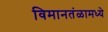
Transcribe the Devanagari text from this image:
विमानतंळामध्ये